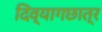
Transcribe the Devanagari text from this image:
दिव्यागछात्र